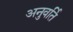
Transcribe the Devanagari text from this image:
अनुवर्ति